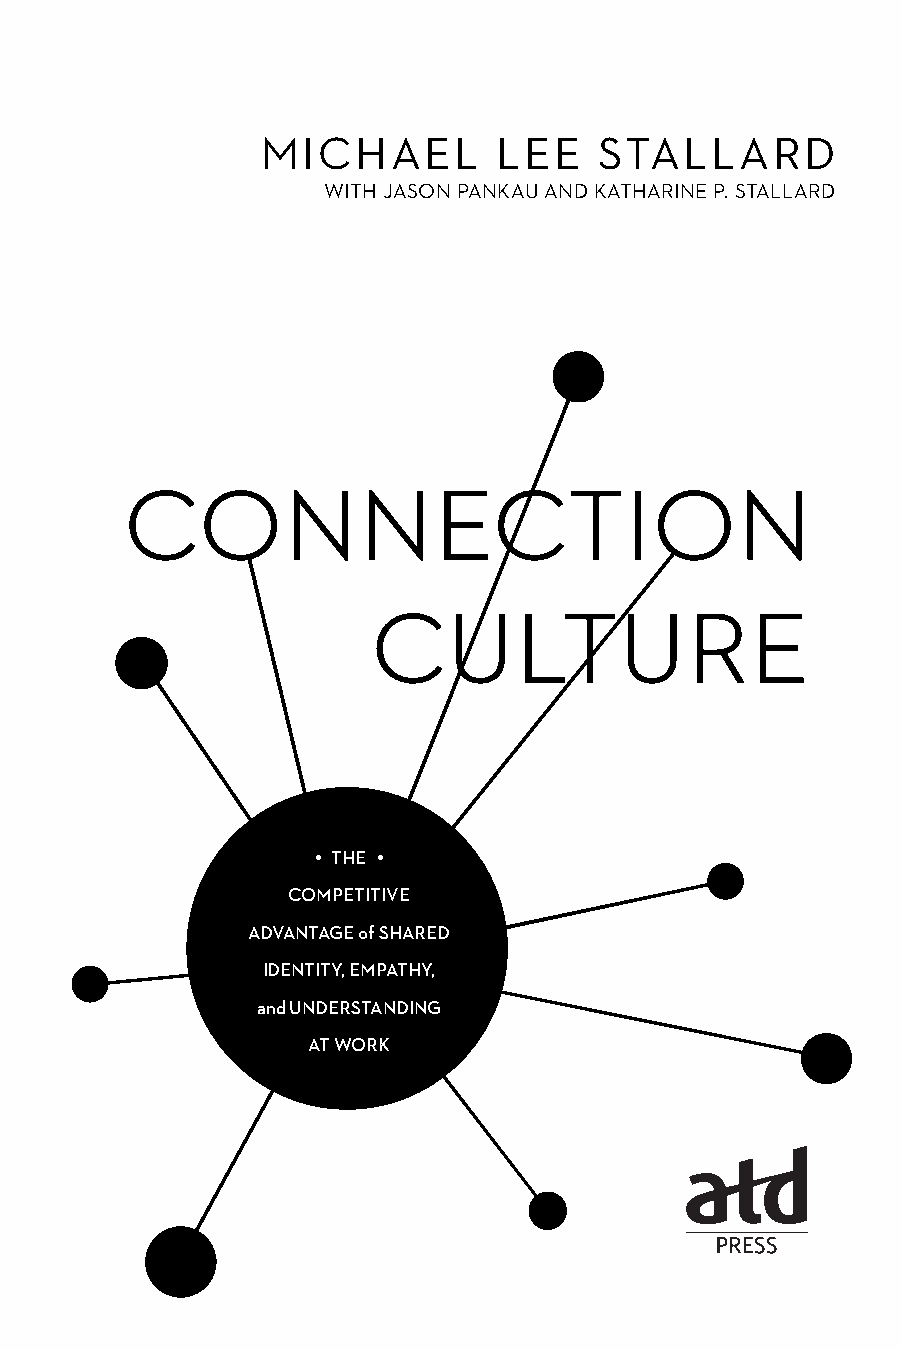
MICHAEL         LEE    STALLARD
 WITH JASON PANKAU AND KATHARINE P. STALLARD
 • THE •
 COMPETITIVE
 ADVANTAGE of SHARED
 IDENTITY, EMPATHY,
 and UNDERSTANDING
 AT WORK